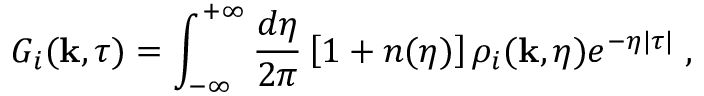
G _ { i } ( { \bf k } , \tau ) = \int _ { - \infty } ^ { + \infty } \frac { d \eta } { 2 \pi } \left[ 1 + n ( \eta ) \right] \rho _ { i } ( { \bf k } , \eta ) e ^ { - \eta | \tau | } \; ,